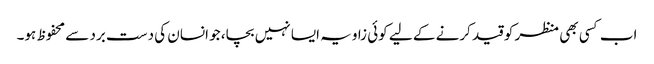
اب کسی بھی منظر کو قید کرنے کے لیے کوئی زاویہ ایسا نہیں بچا، جو انسان کی دست برد سے محفوظ ہو۔